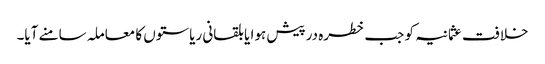
خلافت عثمانیہ کو جب خطرہ درپیش ہوا یا بلقانی ریاستوں کا معاملہ سامنے آیا۔